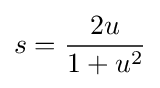
s={\frac {2u}{1+u^{2}}}